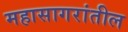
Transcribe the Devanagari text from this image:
महासागरांतील